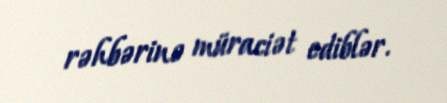
rəhbərinə müraciət ediblər.